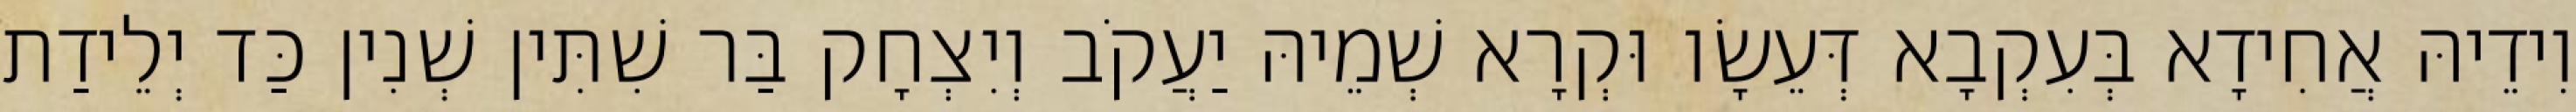
וִידֵיהּ אֲחִידָא בְּעִקְבָא דְּעֵשָׂו וּקְרָא שְׁמֵיהּ יַעֲקֹב וְיִצְחָק בַּר שִׁתִּין שְׁנִין כַּד יְלֵידַת